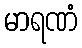
မာရဏံ